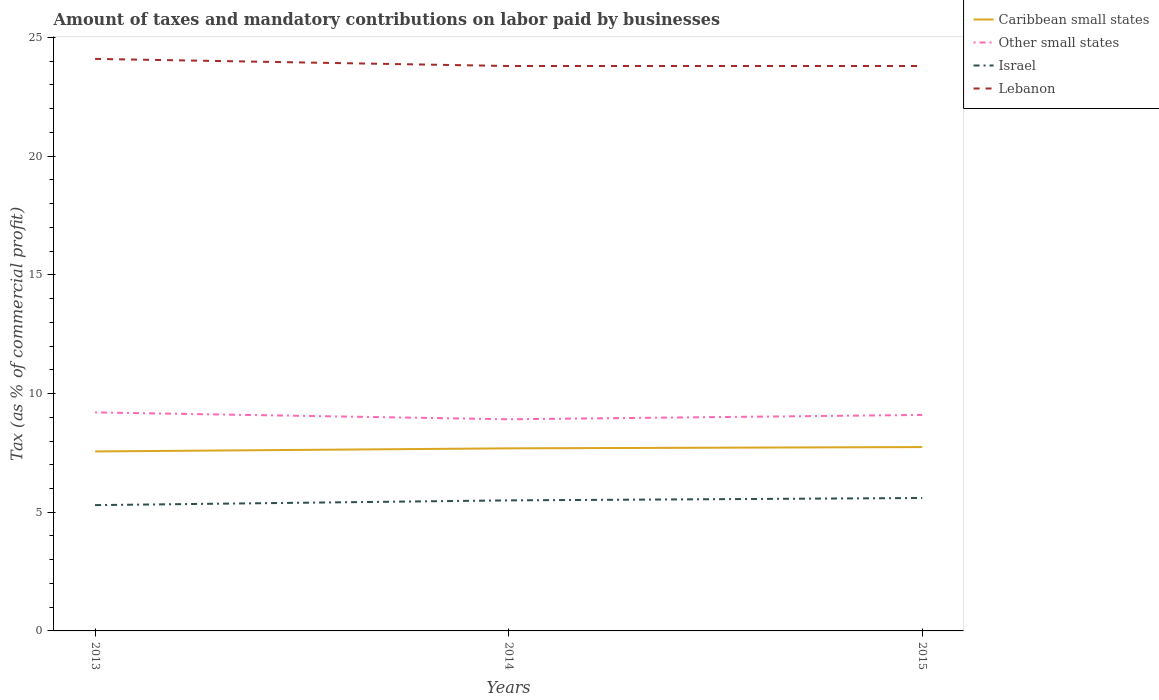
| Years | Caribbean small states | Other small states | Israel | Lebanon |
 | --- | --- | --- | --- | --- |
 | 2013 | 7.56 | 9.21 | 5.3 | 24.1 |
 | 2014 | 7.69 | 8.92 | 5.5 | 23.8 |
 | 2015 | 7.75 | 9.1 | 5.6 | 23.8 |